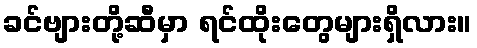
ခင်ဗျားတို့ဆီမှာ ရင်ထိုးတွေများရှိလား။